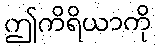
ဤကိရိယာကို